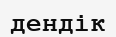
дендік